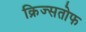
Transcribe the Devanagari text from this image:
क्रिज्सतोफ